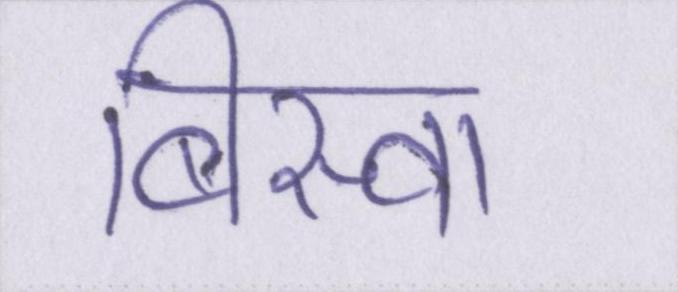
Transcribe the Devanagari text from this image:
बिस्वा